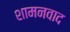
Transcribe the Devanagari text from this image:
शामनवाद